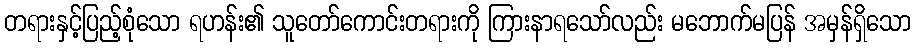
တရားနှင့်ပြည့်စုံသော ရဟန်း၏ သူတော်ကောင်းတရားကို ကြားနာရသော်လည်း မဘောက်မပြန် အမှန်ရှိသော